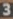
3